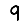
Digit: 9